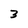
Character: 3